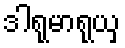
ဒါရုမာရုယှ